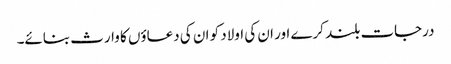
درجات بلند کرے اور ان کی اولاد کو ان کی دعاؤں کا وارث بنائے۔